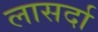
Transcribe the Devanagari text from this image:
लासर्दा